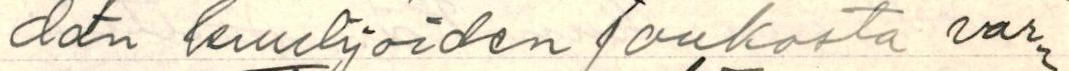
dän kuulijoiden joukosta var-